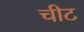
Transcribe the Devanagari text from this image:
चीट